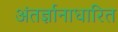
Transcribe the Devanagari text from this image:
अंतर्ज्ञानाधारित